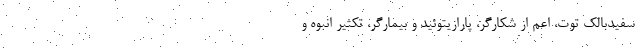
سفیدبالک توت، اعم از شکارگر، پارازیتوئید و بیمارگر، تکثیر انبوه و